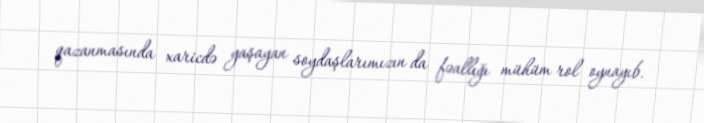
qazanmasında xaricdə yaşayan soydaşlarımızın da fəallığı mühüm rol oynayıb.